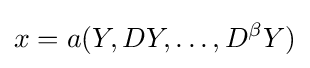
x=a(Y,DY,\ldots ,D^{\beta }Y)